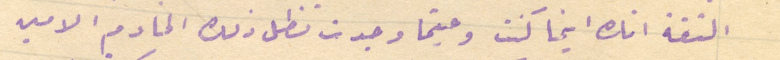
الثقة انك اينما كنت وحيثما وجدت تظل ذلك الخادم الامين